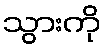
သွားကို